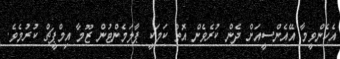
އެހެންވީމާ އޭއެންސީއަށް ދެން ކުރެވެން އޮތް ކަމަކީ ޕާލަމެންޓުން ޒޫމާ އިމްޕީޗް ކުރުމެވެ.